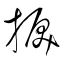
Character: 捩